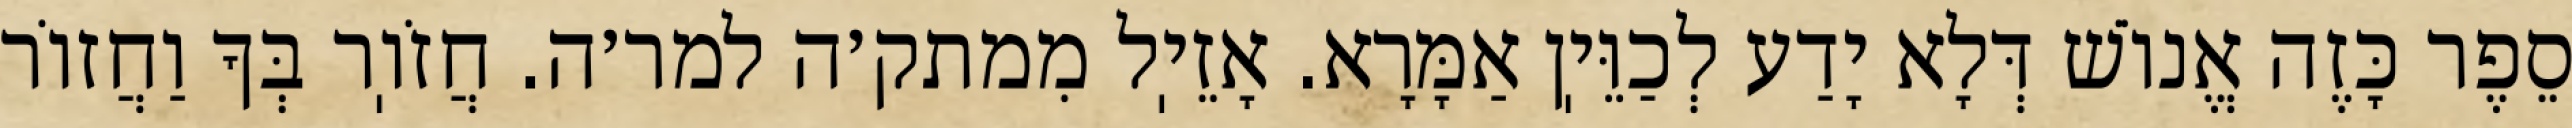
סֵפֶר כָּזֶה אֱנוֹשׁ דְּלָא יָדַע לְכַוֵּיֽן אַמָּרָא. אָזֵיֽל מִמתק׳ה למר׳ה. חֲזֹוֽר בְּךָ וַחֲזוֹר